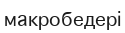
макробедері